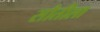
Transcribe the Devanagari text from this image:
सौतीला